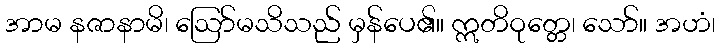
အာမ နဇာနာမိ၊ ဩော်မသိသည် မှန်ပေ၏။ ဣတိဝုတ္တေ၊ သော်။ အဟံ၊